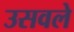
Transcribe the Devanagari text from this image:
उसवले